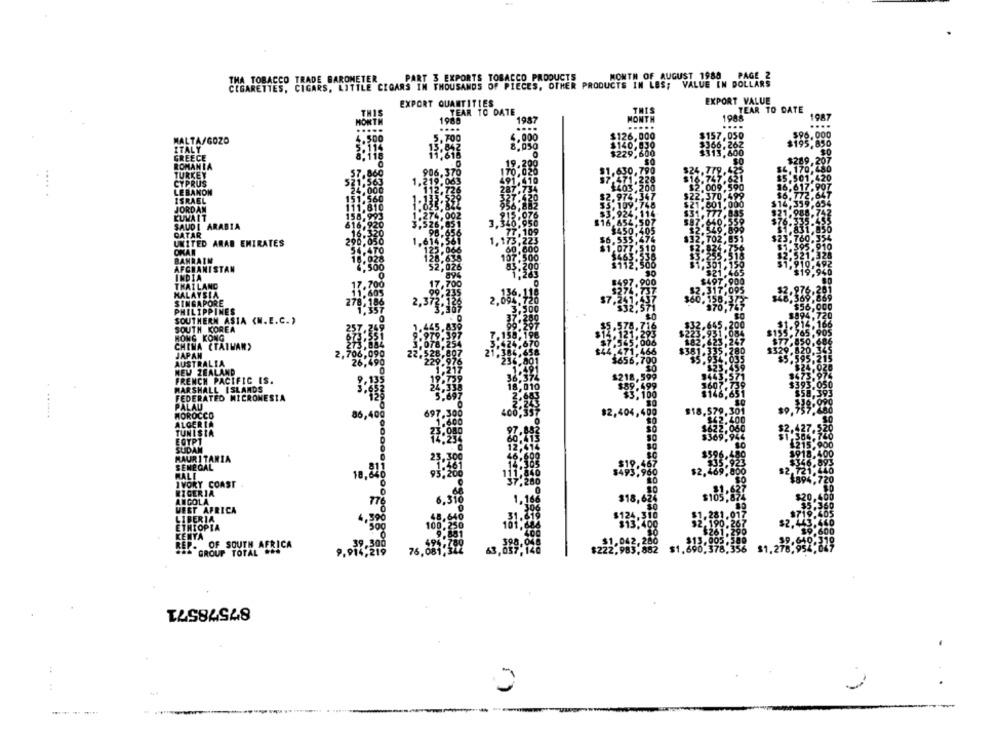
MONTH OF AUGUST 1988 PAGE 2
THA TOBACCO TRADE BAROMETER
PART 3 EXPORTS TOBACCO PRODUCTS
CIGARETTES, CIGARS, LITTLE CIGARS IN THOUSANDS OF PIECES, OTHER PRODUCTS IN LES; VALUE IN DOLLARS
EXPORT QUANTITIES
EXPORT VALUE
THIS
TEAR TO DATE
THIS
TEAR TO DATE
1987
MONTH
1988
1987
MONTH
1985
....
....
....
$95.000
GOZO
4.500
5.700
$157.050
5.114
13.842
8.050
$366.262
$195,850
TURKEY
CYPRUS
LEBANON
.. .
ISRAEL
SAUDI ARABIA
CATAR
UNITED ARAB EMIRATES
OKAN
BAHRAIN
AFGHANISTAN
INDIA
THAILAND
MALAYSIA
SINGAPORE
PHILIPPINES
SOUTHERN ASIA <N.E.C. )
SOUTH KOREA
HONG KONG
CHINA (TAIWAN)
JAPAN
AUSTRALIA
NEW ZEALAND
FRENCH PACIFIC IS.
MARSHALL ISLANDS
FEDERATED MICRONESIA
PALAU
MOROCCO
92.
ALGERIA
86,400
TUNISIA
EGYPT
SUDAN
MAURITANIA
SENEGAL
MALE
10,8
IVORY COAST
NIGERIA
ANGOLA
VEST AFRICA
LIBERTA
4,59
ETHIOPIA
KENTA
RE
REP. OF SOUTH AFRICA
GROUP TOTAL ...
76.
$22
87578571
: